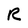
Character: R